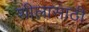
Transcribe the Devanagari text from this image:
शीलासाठी